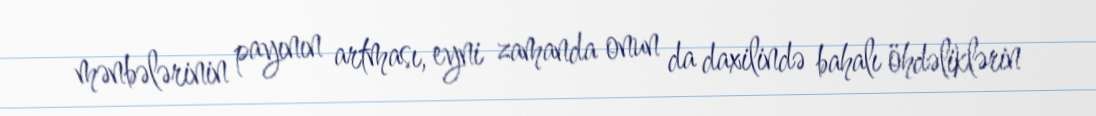
mənbələrinin payının artması, eyni zamanda onun da daxilində bahalı öhdəliklərin